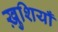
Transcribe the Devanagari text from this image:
ख़ुशियाँ